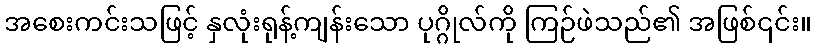
အစေးကင်းသဖြင့် နှလုံးရုန့်ကျန်းသော ပုဂ္ဂိုလ်ကို ကြဉ်ဖဲသည်၏ အဖြစ်၎င်း။